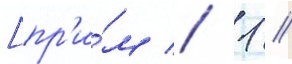
[пр'и́м // 1 //